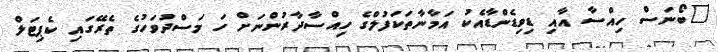
"ބޯނަސް ހިއްސާ އާއި ޑިވިޑެންޑާއެކު އަމާނާތަކަފުލްގެ ހިއްސާދާރުންނަށް ހަ މަސްދުވަހުގެ ތެރޭގައި ކެޕިޓަލް